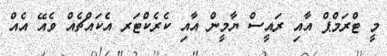
މީ ޓްރަމްޕް އާއި ރައީސް ޔާމީން އާއި ކެރެކްޓަރ އެެކައްޗެއް ވެއޭ އެއް